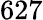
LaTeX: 627